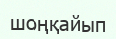
шоңқайып